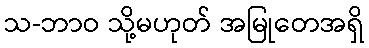
သ-ဘာဝ သို့မဟုတ် အမြုတေအရှိ